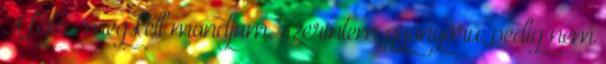
A fejléc, meg kell mondjam, szerintem gyönyörű, pedig nem